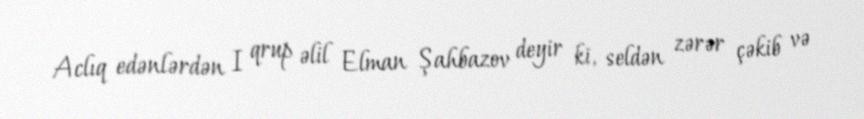
Aclıq edənlərdən I qrup əlil Elman Şahbazov deyir ki, seldən zərər çəkib və